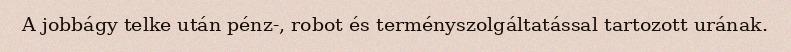
A jobbágy telke után pénz-, robot és terményszolgáltatással tartozott urának.